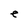
Character: e